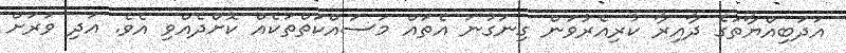
އަދަބިއްޔާތުގެ ދާއިރާ ކުރިއެރުވަން ގިނަގުނަ އެތައް މަސައްކަތްތަކެއް ކޮށްދެއްވި އެވެ. އަދި ވަރަށް